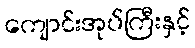
ကျောင်းအုပ်ကြီးနှင့်